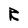
Character: R